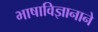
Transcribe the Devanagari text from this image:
भाषाविज्ञानाने